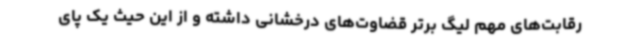
رقابت‌های مهم لیگ برتر قضاوت‌های درخشانی داشته و از این حیث یک پای